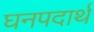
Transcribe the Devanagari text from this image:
घनपदार्थ